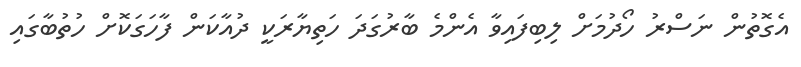
އެގޮތުން ނަސްރު ހޯދުމަށް ލިބިފައިވާ އެންމެ ބާރުގަދަ ހަތިޔާރަކީ ދުއާކަން ފާހަގަކޮށް ހުތުބާގައި